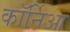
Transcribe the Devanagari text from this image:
कॉर्निआ